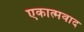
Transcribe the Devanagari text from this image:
एकात्मवाद